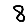
Digit: 8